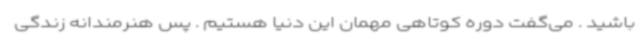
باشید . می‌گفت دوره کوتاهی مهمان این دنیا هستیم . پس هنرمندانه زندگی